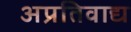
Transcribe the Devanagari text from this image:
अप्रतिवाद्य